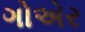
ગોએર